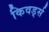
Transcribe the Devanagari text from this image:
किवर्ड्स